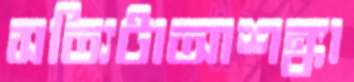
সত্যিটাআশঙ্কা